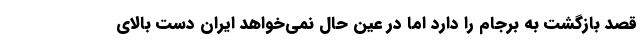
قصد بازگشت به برجام را دارد اما در عین حال نمی‌خواهد ایران دست بالای